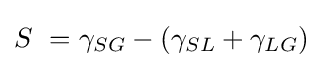
S\ =\gamma _{SG}-(\gamma _{SL}+\gamma _{LG})